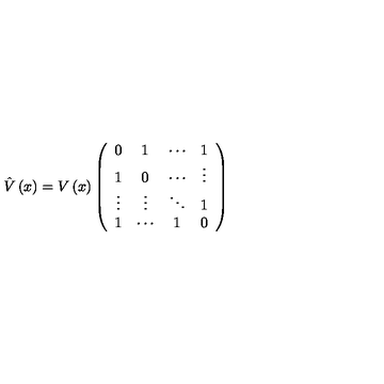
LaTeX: \hat { V } \left( x \right) = V \left( x \right) \left( \begin{array} { c c c c } { 0 } & { 1 } & { \cdots } & { 1 } \\ { 1 } & { 0 } & { \cdots } & { \vdots } \\ { \vdots } & { \vdots } & { \ddots } & { 1 } \\ { 1 } & { \cdots } & { 1 } & { 0 } \\ \end{array} \right)